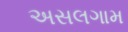
અસલગામ